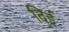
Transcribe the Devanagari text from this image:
दिई